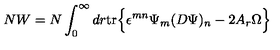
N W = N \int _ { 0 } ^ { \infty } d r \mathrm { t r } \Bigr \{ \epsilon ^ { m n } \Psi _ { m } ( D \Psi ) _ { n } - 2 A _ { r } \Omega \Bigl \}